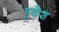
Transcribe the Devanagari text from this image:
प्र्वेश